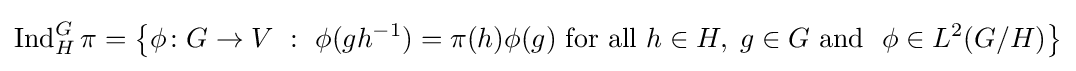
\operatorname {Ind} _{H}^{G}\pi =\left\{\phi \colon G\to V\ :\ \phi (gh^{-1})=\pi (h)\phi (g){\text{ for all }}h\in H,\;g\in G{\text{ and }}\ \phi \in L^{2}(G/H)\right\}